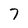
Character: 7